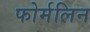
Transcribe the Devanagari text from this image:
फोर्मलिन